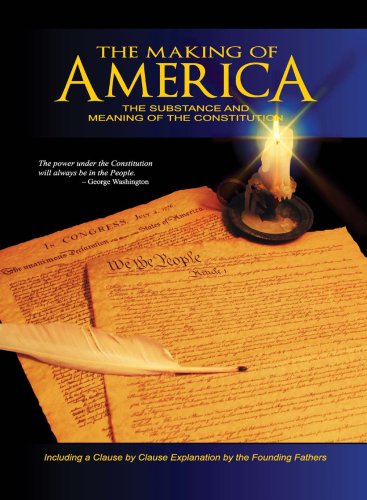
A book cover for The Making of America: The Substance and Meaning of the Constitution; W. Cleon Skousen; History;